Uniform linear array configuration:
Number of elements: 24
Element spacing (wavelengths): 0.5
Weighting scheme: kaiser
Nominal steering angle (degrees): -45
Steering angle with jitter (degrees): -45.885
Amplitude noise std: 0.05
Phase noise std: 0.05

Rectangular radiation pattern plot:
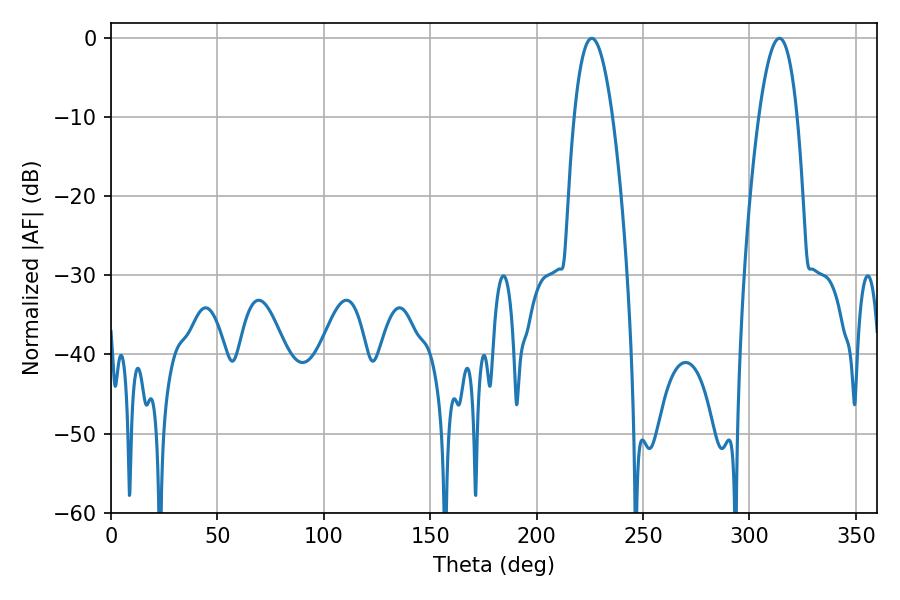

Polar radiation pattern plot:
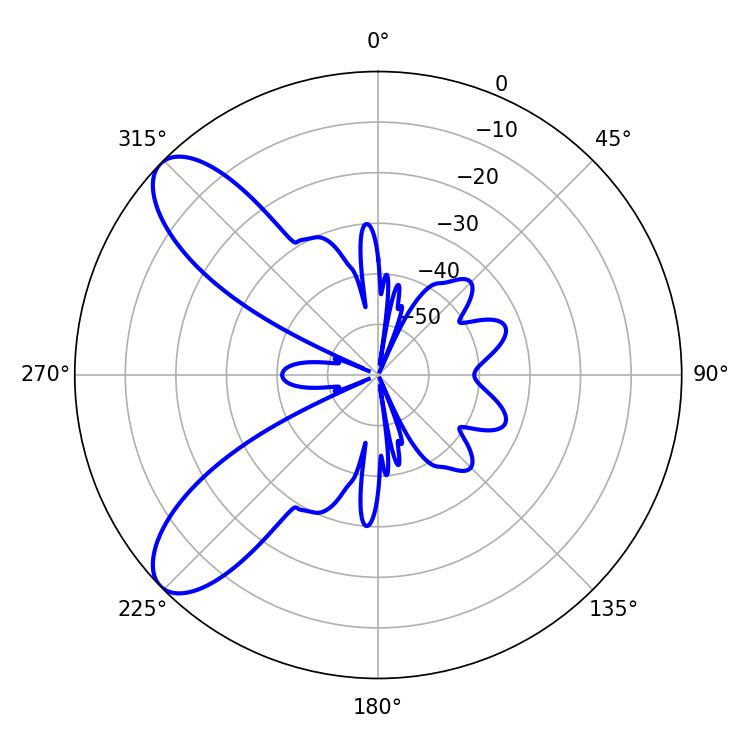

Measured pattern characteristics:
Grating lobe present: FALSE
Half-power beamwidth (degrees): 9.9
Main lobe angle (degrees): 225.9